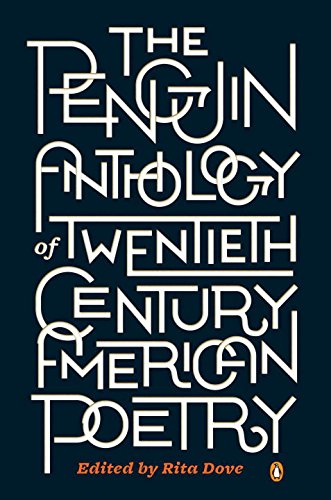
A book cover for The Penguin Anthology of Twentieth-Century American Poetry; Literature & Fiction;